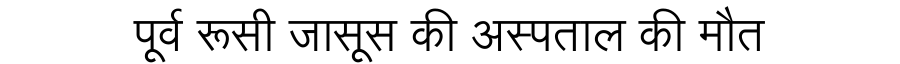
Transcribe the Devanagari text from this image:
पूर्व रूसी जासूस की अस्पताल की मौत